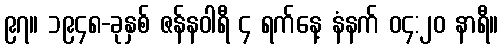
၉၇။ ၁၉၄၈-ခုနှစ် ဇန်နဝါရီ ၄ ရက်နေ့ နံနက် ၀၄:၂၀ နာရီ။